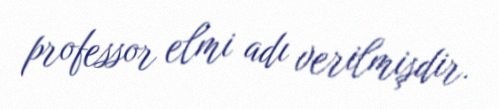
professor elmi adı verilmişdir.